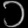
Digit: ၁